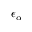
\epsilon _ { \alpha }